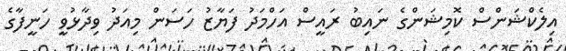
އިލެކްޝަންސް ކޮމިޝަންގެ ނައިބު ރައީސް އަހްމަދު ފަޔާޒު ހަސަން މިއަދު ވިދާޅުވީ ހަނީފާގެ